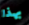
بهذا